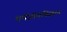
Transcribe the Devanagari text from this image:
धर्मजीवविज्ञान